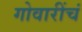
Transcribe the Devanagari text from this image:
गोवारींचं